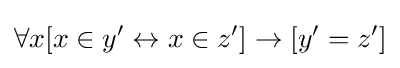
\forall x[x\in y'\leftrightarrow x\in z']\rightarrow [y'=z']